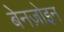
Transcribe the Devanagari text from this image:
बेनज़ोइन